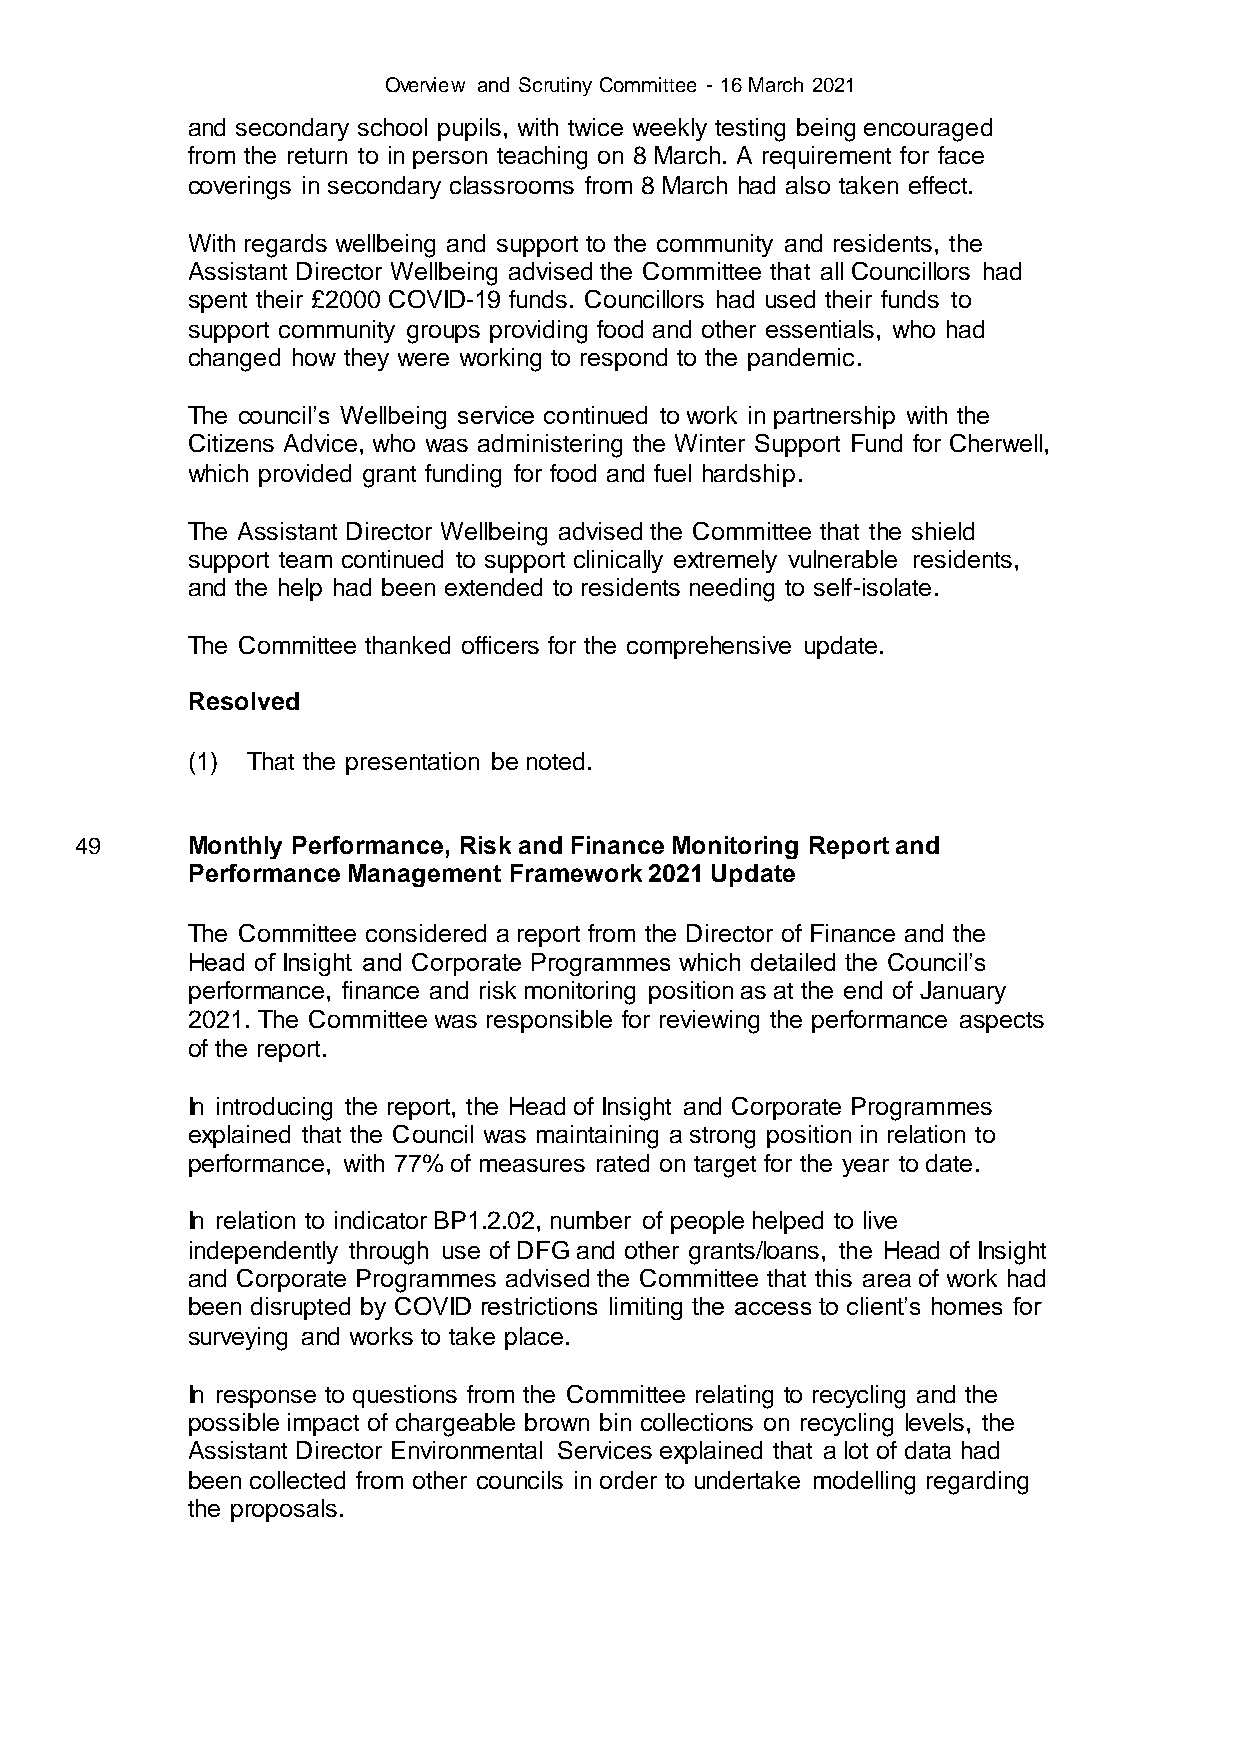
Overview and Scrutiny Committee - 16 March 2021
 and secondary school pupils, with twice weekly testing being encouraged
 from the return to in person teaching on 8 March. A requirement for face
 coverings in secondary classrooms from 8 March had also taken effect.
 With regards wellbeing and support to the community and residents, the
 Assistant Director Wellbeing advised the Committee that all Councillors had
 spent their £2000 COVID-19 funds. Councillors had used their funds to
 support community groups providing food and other essentials, who had
 changed how they were working to respond to the pandemic.
 The council’s Wellbeing service continued to work in partnership with the
 Citizens Advice, who was administering the Winter Support Fund for Cherwell,
 which provided grant funding for food and fuel hardship.
 The Assistant Director Wellbeing advised the Committee that the shield
 support team continued to support clinically extremely vulnerable residents,
 and the help had been extended to residents needing to self-isolate.
 The Committee thanked officers for the comprehensive update.
 Resolved
 (1) That the presentation be noted.
 49     Monthly Performance, Risk and Finance Monitoring Report and
 Performance Management Framework 2021 Update
 The Committee considered a report from the Director of Finance and the
 Head of Insight and Corporate Programmes which detailed the Council’s
 performance, finance and risk monitoring position as at the end of January
 2021. The Committee was responsible for reviewing the performance aspects
 of the report.
 In introducing the report, the Head of Insight and Corporate Programmes
 explained that the Council was maintaining a strong position in relation to
 performance, with 77% of measures rated on target for the year to date.
 In relation to indicator BP1.2.02, number of people helped to live
 independently through use of DFG and other grants/loans, the Head of Insight
 and Corporate Programmes advised the Committee that this area of work had
 been disrupted by COVID restrictions limiting the access to client’s homes for
 surveying and works to take place.
 In response to questions from the Committee relating to recycling and the
 possible impact of chargeable brown bin collections on recycling levels, the
 Assistant Director Environmental Services explained that a lot of data had
 been collected from other councils in order to undertake modelling regarding
 the proposals.